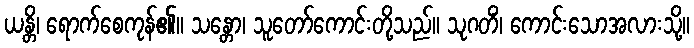
ယန္တိ၊ ရောက်စေကုန်၏။ သန္တော၊ သူတော်ကောင်းတို့သည်။ သုဂတိံ၊ ကောင်းသောအလားသို့။